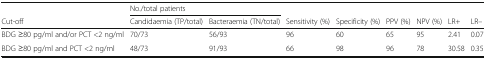
<table><thead><tr><td></td><td colspan="2"><b>No./total patients</b></td><td></td><td></td><td></td><td></td><td></td><td></td></tr><tr><td><b>Cut-off</b></td><td><b>Candidaemia (TP/total)</b></td><td><b>Bacteraemia (TN/total)</b></td><td><b>Sensitivity (%)</b></td><td><b>Specificity (%)</b></td><td><b>PPV (%)</b></td><td><b>NPV (%)</b></td><td><b>LR+</b></td><td><b>LR–</b></td></tr></thead><tbody><tr><td>BDG ≥80 pg/ml and/or PCT &lt;2 ng/ml</td><td>70/73</td><td>56/93</td><td>96</td><td>60</td><td>65</td><td>95</td><td>2.41</td><td>0.07</td></tr><tr><td>BDG ≥80 pg/ml and PCT &lt;2 ng/ml</td><td>48/73</td><td>91/93</td><td>66</td><td>98</td><td>96</td><td>78</td><td>30.58</td><td>0.35</td></tr></tbody></table>